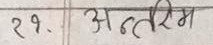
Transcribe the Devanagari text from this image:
२१. अन्तरिम